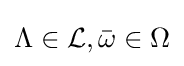
\Lambda \in {\mathcal {L}},{\bar {\omega }}\in \Omega